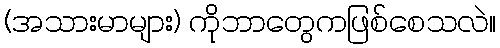
(အသားမာများ) ကိုဘာတွေကဖြစ်စေသလဲ။